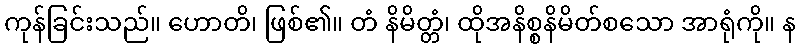
ကုန်ခြင်းသည်။ ဟောတိ၊ ဖြစ်၏။ တံ နိမိတ္တံ၊ ထိုအနိစ္စနိမိတ်စသော အာရုံကို။ န